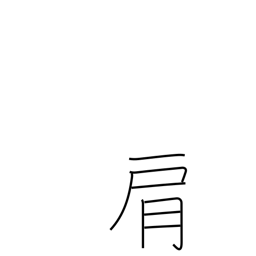
Meaning: shoulder